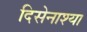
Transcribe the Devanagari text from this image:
दिसेनाश्या